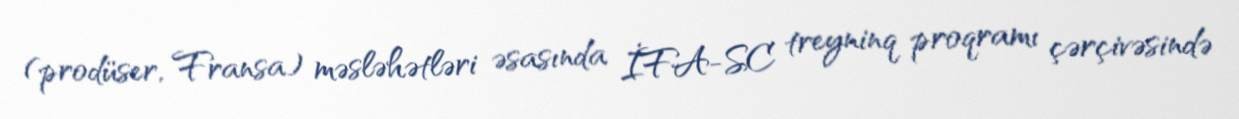
(prodüser, Fransa) məsləhətləri əsasında İFA-SC treyninq proqramı çərçivəsində